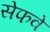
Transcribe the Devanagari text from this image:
सेफवे